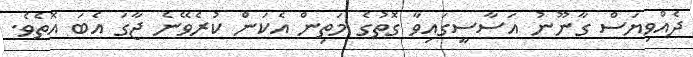
ދެއްވިޔަސް ގާނޫނު އަސާސީގައިވާ ގޮތުގެ މަތިން އެކަން ކުރެވޭނެ ޖާގަ އެބަ އޮތެވެ.